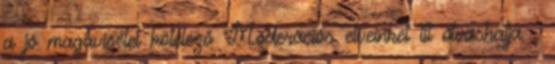
a jó magaviselet kötelező Moderációs elveinket itt olvashatja .